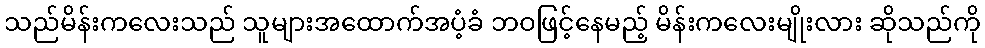
သည်မိန်းကလေးသည် သူများအထောက်အပံ့ခံ ဘဝဖြင့်နေမည့် မိန်းကလေးမျိုးလား ဆိုသည်ကို